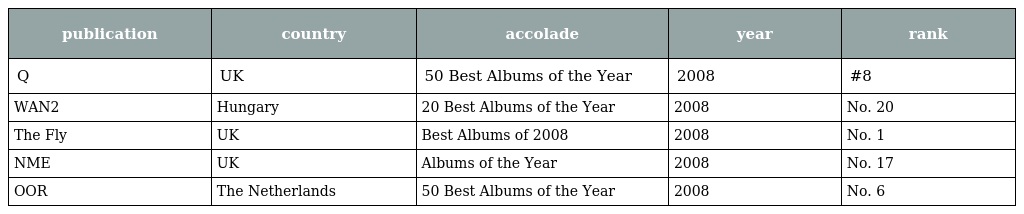
| publication | country | accolade | year | rank |
 | --- | --- | --- | --- | --- |
 | Q | UK | 50 Best Albums of the Year | 2008 | #8 |
 | WAN2 | Hungary | 20 Best Albums of the Year | 2008 | No. 20 |
 | The Fly | UK | Best Albums of 2008 | 2008 | No. 1 |
 | NME | UK | Albums of the Year | 2008 | No. 17 |
 | OOR | The Netherlands | 50 Best Albums of the Year | 2008 | No. 6 |